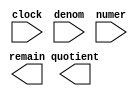
module alt_lpm_div_ip (
	clock,
	denom,
	numer,
	quotient,
	remain);

	input	  clock;
	input	[31:0]  denom;
	input	[33:0]  numer;
	output	[33:0]  quotient;
	output	[31:0]  remain;

endmodule